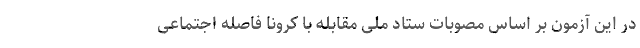
در این آزمون بر اساس مصوبات ستاد ملی مقابله با کرونا فاصله اجتماعی